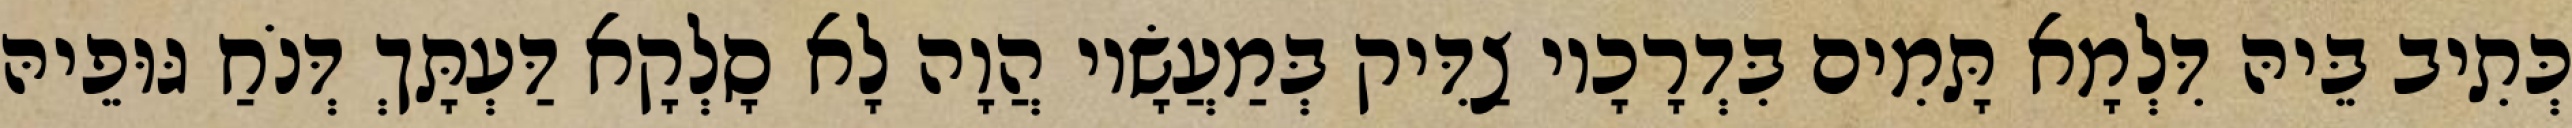
כְּתִיב בֵּיהּ דִּלְמָא תָּמִים בִּדְרָכָיו צַדִּיק בְּמַעֲשָׂיו הֲוָה לָא סָלְקָא דַּעְתָּךְ דְּנֹחַ גּוּפֵיהּ